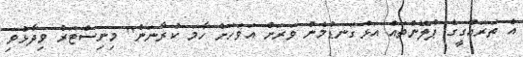
އެ ތަރައްގީގެ ޕްލޭންތައް އަޅުގަނޑުމެން ވަރަށް އަވަހަށް ހާމަ ކުރާނަން" މިނިސްޓަރު ވިދާޅުވި